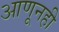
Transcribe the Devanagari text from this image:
आणूनही